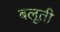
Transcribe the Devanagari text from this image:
बलूती